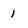
Character: 1